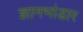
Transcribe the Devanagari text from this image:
ज्ञानभांडार